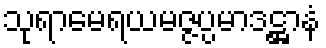
သုရာမေရယမဇ္ဇပ္ပမာဒဋ္ဌာနံ